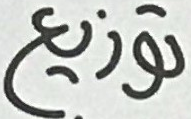
توزيع